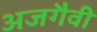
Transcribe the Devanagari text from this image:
अजगैवी